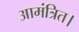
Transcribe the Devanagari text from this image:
आमंत्रित।